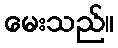
မေးသည်။